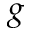
g